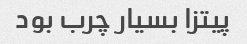
پیتزا بسیار چرب بود